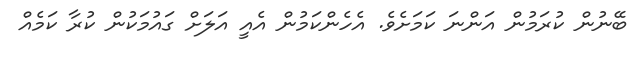
ބޭނުން ކުރަމުން އަންނަ ކަމަށެވެ. އެހެންކަމުން އެއީ އަލަށް ގައުމަކުން ކުރާ ކަމެއް